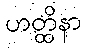
ဟတ္ထိနာ